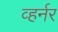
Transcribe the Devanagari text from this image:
व्हर्नर